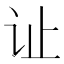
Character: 𫟞